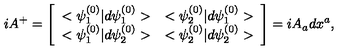
i A ^ { + } = \left[ \begin{array} { l l } { < \psi _ { 1 } ^ { ( 0 ) } | d \psi _ { 1 } ^ { ( 0 ) } > } & { < \psi _ { 2 } ^ { ( 0 ) } | d \psi _ { 1 } ^ { ( 0 ) } > } \\ { < \psi _ { 1 } ^ { ( 0 ) } | d \psi _ { 2 } ^ { ( 0 ) } > } & { < \psi _ { 2 } ^ { ( 0 ) } | d \psi _ { 2 } ^ { ( 0 ) } > } \\ \end{array} \right] = i A _ { a } d x ^ { a } ,